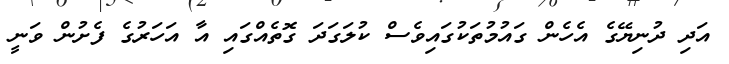
އަދި ދުނިޔޭގެ އެހެން ގައުމުތަކުގައިވެސް ކުލަގަދަ ގޮތެއްގައި އާ އަހަރުގެ ފެށުން ވަނީ